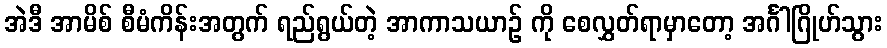
အဲဒီ အာမိစ် စီမံကိန်းအတွက် ရည်ရွယ်တဲ့ အာကာသယာဉ် ကို စေလွှတ်ရာမှာတော့ အင်္ဂါဂြိုဟ်သွား